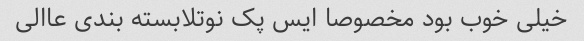
خیلی خوب بود مخصوصا ایس پک نوتلابسته بندی عاالی